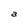
Character: a